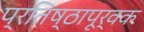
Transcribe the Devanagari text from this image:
प्रतिष्ठापूर्वक